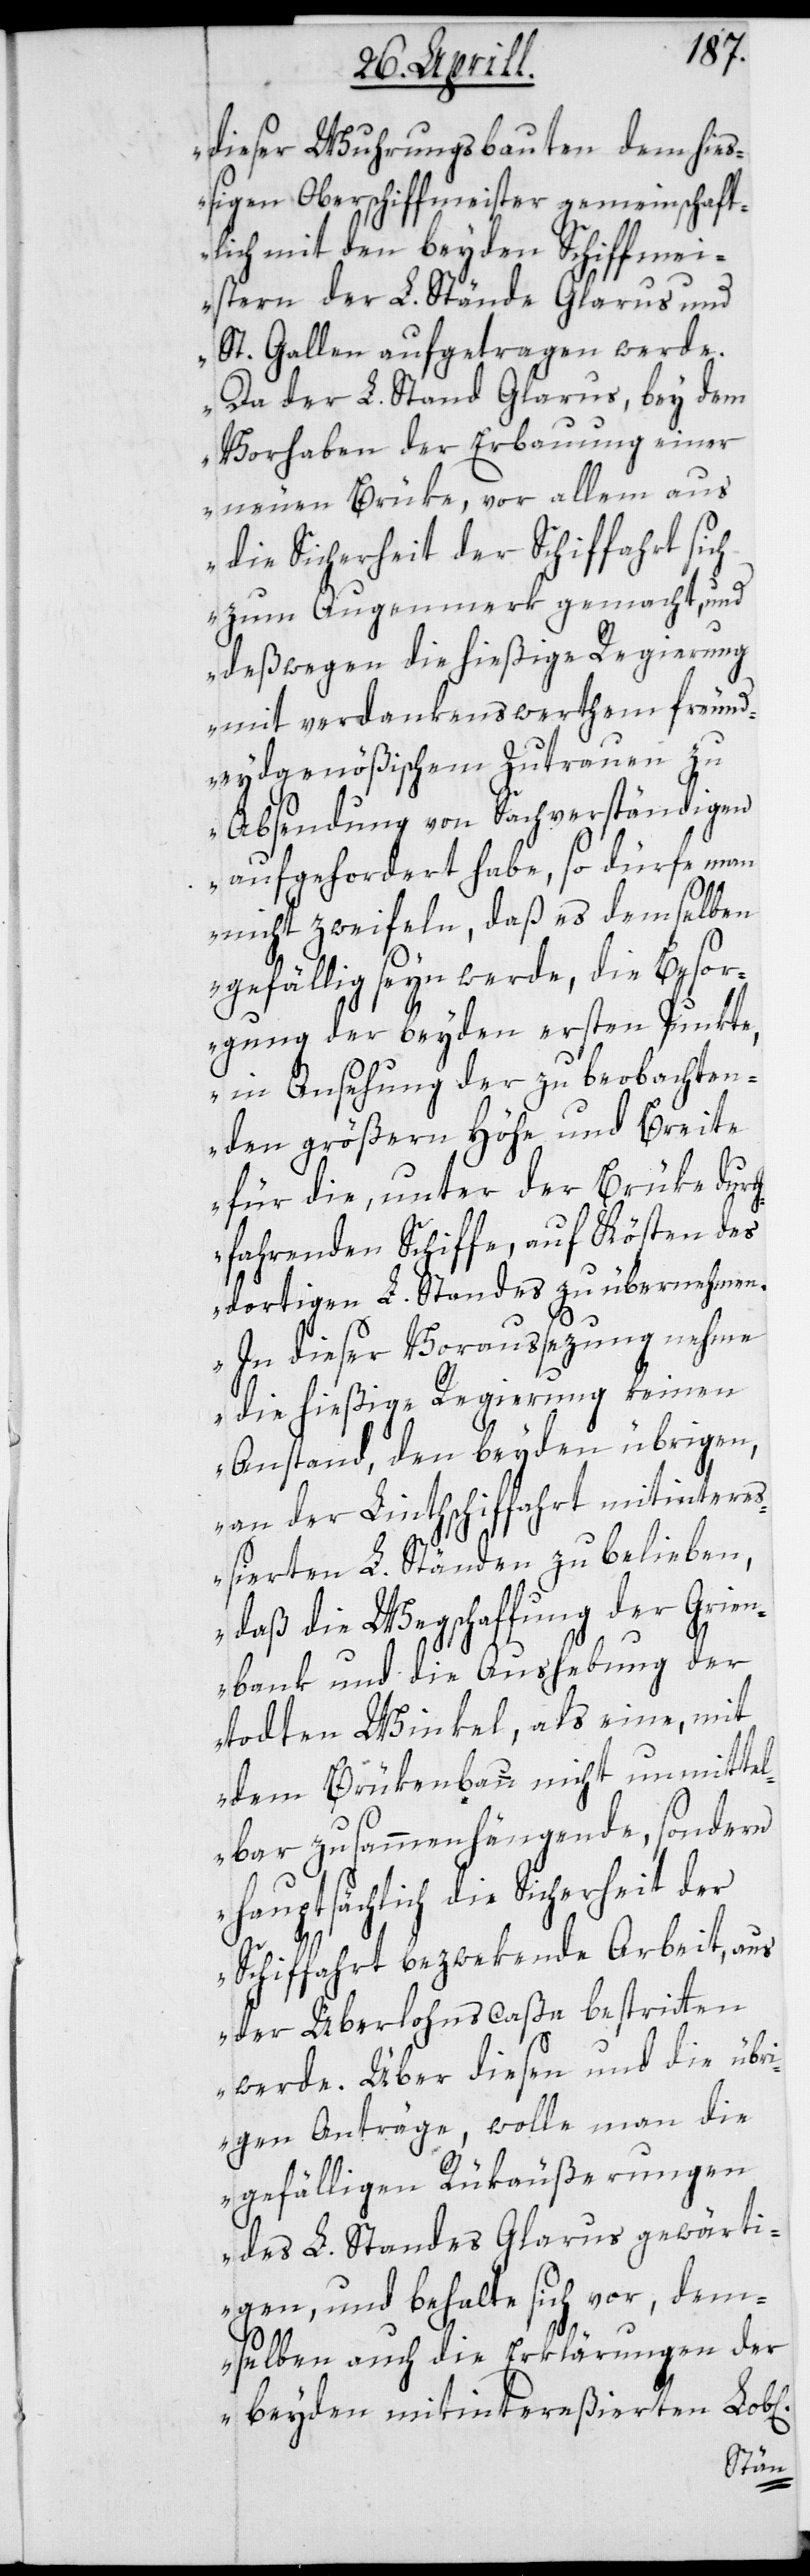
dieser Wuhrungsbauten dem hieß¬
igen Oberschiffmeister gemeinschaft¬
lich mit den beyden Schiffmei¬
stern der L. Stände Glarus und
St. Gallen aufgetragen werde.
Da der L. Stand Glarus, bey dem
Vorhaben der Erbauung einer
neuen Brüke, vor allem aus
die Sicherheit der Schiffahrt sich
zum Augenmerk gemacht, und
deßwegen die hießige Regierung
mit verdankenswerthem freund¬
eydgenößischem Zutrauen zu
Absendung von Sachverständigen
aufgefordert habe, so dürfe man
nicht zweifeln, daß es demselben
gefällig seyn werde, die Besor¬
gung der beyden ersten Punkte,
in Ansehung der zu beobachten¬
den größern Höhe und Breite
für die, unter der Brüke durc¬
hfahrenden Schiffe, auf Kösten des
dortigen L. Standes zu übernehmen.
In dieser Voraussezung nehme
die hießige Regierung keinen
Anstand, den beyden übrigen,
an der Linthschiffahrt mitinteres¬
sierten L. Ständen zu belieben,
daß die Wegschaffung der Grien¬
bank und die Aushebung der
todten Winkel, als eine, mit
dem Brükenbau nicht unmittel¬
bar zusammenhängende, sondern
hauptsächlich die Sicherheit der
Schiffahrt bezwekende Arbeit, aus
der Überlohnscassa bestritten
werde. Über diesen und die übri¬
gen Anträge, wolle man die
gefälligen Rückäußerungen
des L. Standes Glarus gewärti¬
gen, und behalte sich vor, dem¬
selben auch die Erklärungen der
beyden mitintereßierten Lob[l¬
ichen]